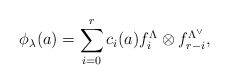
\begin{align*}\phi_\lambda(a)=\sum^r_{i=0}c_i(a)f^\Lambda_i\otimes f^{\Lambda^\vee}_{r-i},\end{align*}